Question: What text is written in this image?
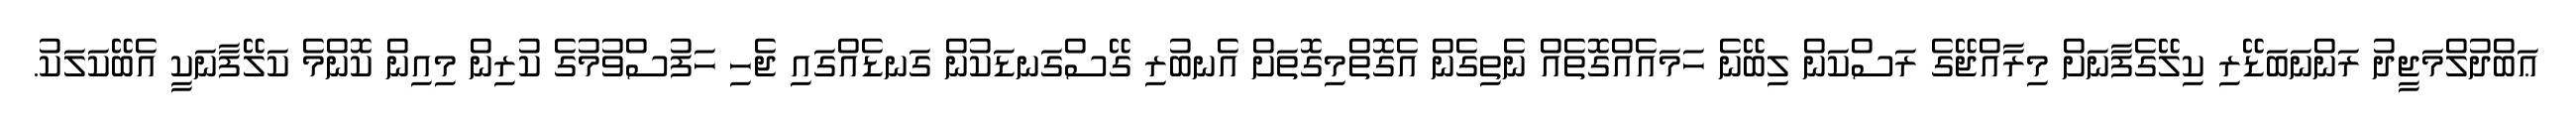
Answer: ޢަބްދުލްމަޖީދު ރަންނަބަޑޭރި ކިލޭގެފާނަށް މިރާއްޖޭގެ ރަސްކަން ލިބޭނެ ހަމައެއްގޮތެއް ނެތިގެން އެގޮތްމިގޮތަށް އެނބުރި ގޭސްގަނޑަކުން ގަނޑެއްގައި ޖެހި ހަފުސްވުމުގެ ކުރިން މިއިން ކޮންމެ ކަލޭފާނަކީ އެބޭކަލަކު.